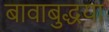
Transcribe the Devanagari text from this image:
बावाबुद्धया